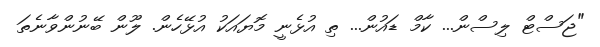
"ޖަސްޓް ލިސްން... ކާމް ޑައުން... ތި އުޅެނީ މޮޔައަކު އުޅޭހެން. ލޫން ބޭނުންވާނެތަ